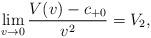
LaTeX: \begin{align*} \lim_{v\rightarrow 0}\frac{V(v)-c_{+0}}{v^2}=V_2,\end{align*}